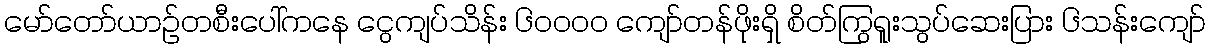
မော်တော်ယာဉ်တစီးပေါ်ကနေ ငွေကျပ်သိန်း ၆၀၀၀၀ ကျော်တန်ဖိုးရှိ စိတ်ကြွရူးသွပ်ဆေးပြား ၆သန်းကျော်